Annual report of the Civil Veterinary Department, Bengal, for the year 1897-98 - 1897-1898
Year: 1897
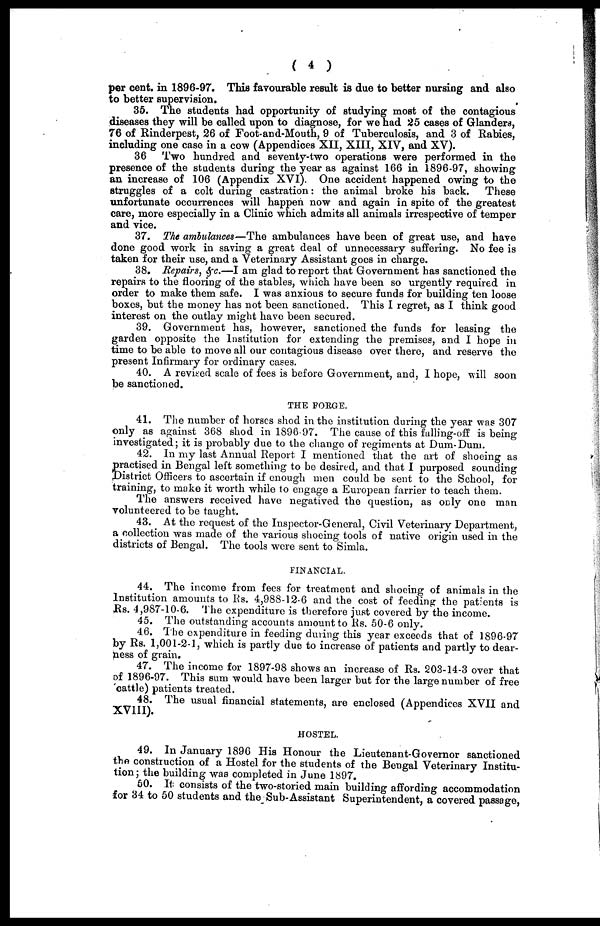
( 4 )
per cent. in 1896-97. This favourable result is due to better nursing and also
to better supervision.
35. The students had opportunity of studying most of the contagious
diseases they will be called upon to diagnose, for we had 25 cases of Glanders,
76 of Rinderpest, 26 of Foot-and-Mouth, 9 of Tuberculosis, and 3 of Rabies,
including one case in a cow (Appendices XII, XIII, XIV, and XV).
36
Two hundred and seventy-two operations were performed in the
presence of the students during the year as against 166 in 1896-97, showing
an increase of 106 (Appendix XVI). One accident happened owing to the
struggles of a colt during castration: the animal broke his back.
These
unfortunate occurrences will happen now and again in spite of the greatest
care, more especially in a Clinic which admits all animals irrespective of temper
and vice.
37. The ambulances—The ambulances have been of great use, and have
done good work in saving a great deal of unnecessary suffering. No fee is
taken for their use, and a Veterinary Assistant goes in charge.
38. Repairs, &c.—I am glad to report that Government has sanctioned the
repairs to the flooring of the stables, which have been so urgently required in
order to make them safe. I was anxious to secure funds for building ten loose
boxes, but the money has not been sanctioned. This I regret, as I think good
interest on the outlay might have been secured.
39. Government has, however, sanctioned the funds for leasing the
garden opposite the Institution for extending the premises, and I hope in
time to be able to move all our contagious disease over there, and reserve the
present Infirmary for ordinary cases.
40. A revised scale of fees is before Government, and, I hope, will soon
be sanctioned.
THE FORGE.
41. The number of horses shod in the institution during the year was 307
only as against 368 shod in 1896-97. The cause of this falling-off is being
investigated; it is probably due to the change of regiments at Dum-Dum.
42. In my last Annual Report I mentioned that the art of shoeing as
practised in Bengal left something to be desired, and that I purposed sounding
District Officers to ascertain if enough men could be sent to the School, for
training, to make it worth while to engage a European farrier to teach them.
The answers received have negatived the question, as only one man
volunteered to be taught.
43. At the request of the Inspector-General, Civil Veterinary Department,
a collection was made of the various shoeing tools of native origin used in the
districts of Bengal. The tools were sent to Simla.
FINANCIAL.
44. The income from fees for treatment and shoeing of animals in the
Institution amounts to Rs. 4,988-12-6 and the cost of feeding the patients is
Rs. 4,987-10-6. The expenditure is therefore just covered by the income.
45. The outstanding accounts amount to Rs. 50-6 only.
46. The expenditure in feeding during this year exceeds that of 1896-97
by Rs. 1,001-2-1, which is partly due to increase of patients and partly to dear-
ness of grain.
47. The income for 1897-98 shows an increase of Rs. 203-14-3 over that
of 1896-97. This sum would have been larger but for the large number of free
cattle) patients treated.
48. The usual financial statements, are enclosed (Appendices XVII and
XVIII).
HOSTEL.
49. In January 1896 His Honour the Lieutenant-Governor sanctioned
the construction of a Hostel for the students of the Bengal Veterinary Institu-
tion; the building was completed in June 1897.
50. It consists of the two-storied main building affording accommodation
for 34 to 50 students and the Sub-Assistant Superintendent, a covered passage,